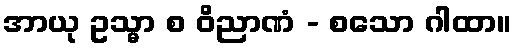
အာယု ဥသ္မာ စ ဝိညာဏံ - စသော ဂါထာ။